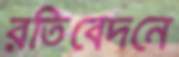
রতিবেদনে